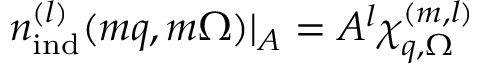
{ n } _ { \mathrm { i n d } } ^ { ( l ) } ( m \boldsymbol { q } , m \Omega ) | _ { A } = A ^ { l } \chi _ { \boldsymbol { q } , \Omega } ^ { ( m , l ) }